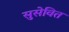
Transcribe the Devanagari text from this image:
सुसेवित